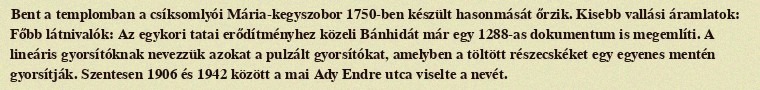
Bent a templomban a csíksomlyói Mária-kegyszobor 1750-ben készült hasonmását őrzik. Kisebb vallási áramlatok: Főbb látnivalók: Az egykori tatai erődítményhez közeli Bánhidát már egy 1288-as dokumentum is megemlíti. A lineáris gyorsítóknak nevezzük azokat a pulzált gyorsítókat, amelyben a töltött részecskéket egy egyenes mentén gyorsítják. Szentesen 1906 és 1942 között a mai Ady Endre utca viselte a nevét.